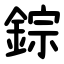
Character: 錝